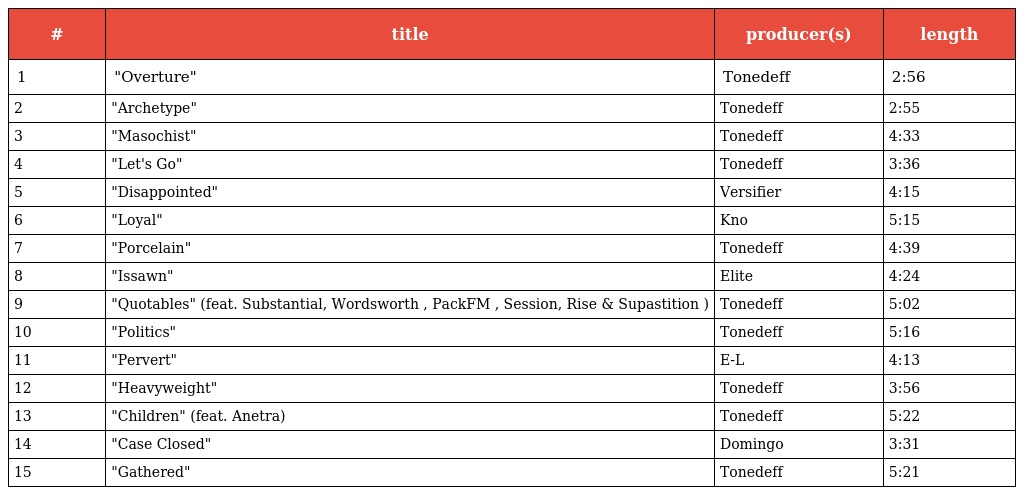
| # | title | producer(s) | length |
 | --- | --- | --- | --- |
 | 1 | "Overture" | Tonedeff | 2:56 |
 | 2 | "Archetype" | Tonedeff | 2:55 |
 | 3 | "Masochist" | Tonedeff | 4:33 |
 | 4 | "Let's Go" | Tonedeff | 3:36 |
 | 5 | "Disappointed" | Versifier | 4:15 |
 | 6 | "Loyal" | Kno | 5:15 |
 | 7 | "Porcelain" | Tonedeff | 4:39 |
 | 8 | "Issawn" | Elite | 4:24 |
 | 9 | "Quotables" (feat. Substantial, Wordsworth , PackFM , Session, Rise & Supastition ) | Tonedeff | 5:02 |
 | 10 | "Politics" | Tonedeff | 5:16 |
 | 11 | "Pervert" | E-L | 4:13 |
 | 12 | "Heavyweight" | Tonedeff | 3:56 |
 | 13 | "Children" (feat. Anetra) | Tonedeff | 5:22 |
 | 14 | "Case Closed" | Domingo | 3:31 |
 | 15 | "Gathered" | Tonedeff | 5:21 |